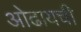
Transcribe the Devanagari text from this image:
ओढायची